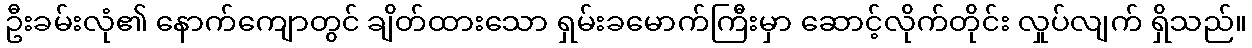
ဦးခမ်းလုံ၏ နောက်ကျောတွင် ချိတ်ထားသော ရှမ်းခမောက်ကြီးမှာ ဆောင့်လိုက်တိုင်း လှုပ်လျက် ရှိသည်။